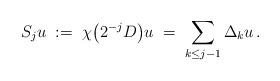
LaTeX: \begin{align*} S_ju\;:=\;\chi\bigl(2^{-j}D\bigr)u\;=\;\sum_{k\leq j-1}\Delta_{k}u\,.\end{align*}